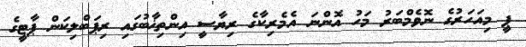
ޕީ މިއަހަރުގެ ނޮވެމްބަރު މަހު އޮންނަ އެމެރިކާގެ ރިޔާސީ އިންތިޚާބުގައި ރިޕަބްލިކަން ޕާޓީގެ